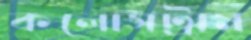
কলোসট্রাম